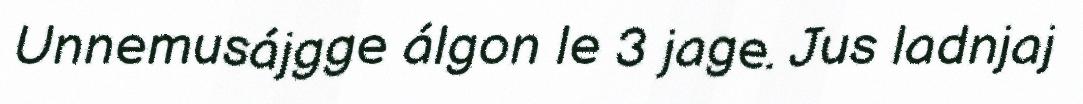
Unnemusájgge álgon le 3 jage. Jus ladnjaj